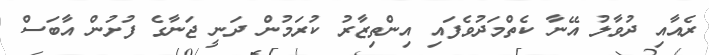
ރެއާއި ދުވާލު އޭނާ ކެތްމަދުވެފައި އިންތިޒާރު ކުރަމުން ދަނީ ޖަނާގެ ފުށުން އާބަސް